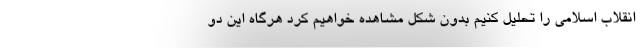
انقلاب اسلامی را تحلیل کنیم بدون شکل مشاهده خواهیم کرد هرگاه این دو